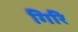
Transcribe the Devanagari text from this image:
गिरि